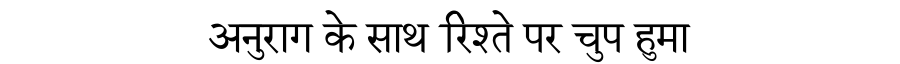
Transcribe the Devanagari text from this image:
अनुराग के साथ रिश्ते पर चुप हुमा